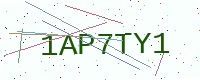
Text: 1AP7TY1